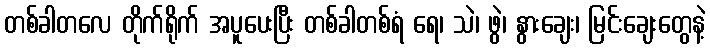
တစ်ခါတလေ တိုက်ရိုက် အပူပေးပြီး တစ်ခါတစ်ရံ ရေ၊ သဲ၊ ဖွဲ၊ နွားချေး၊ မြင်းချေးတွေနဲ့